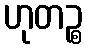
ဟုတဉ္စ